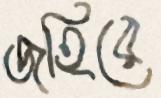
জহিরে